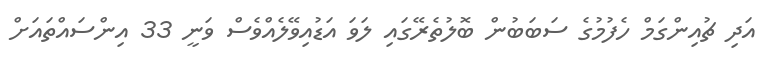
އަދި ޗުއިންގަމް ހެފުމުގެ ސަބަބުން ބޮލުތެރޭގައި ލަވަ އަޑުއިވޭލެއްވެސް ވަނީ 33 އިންސައްތައަށް